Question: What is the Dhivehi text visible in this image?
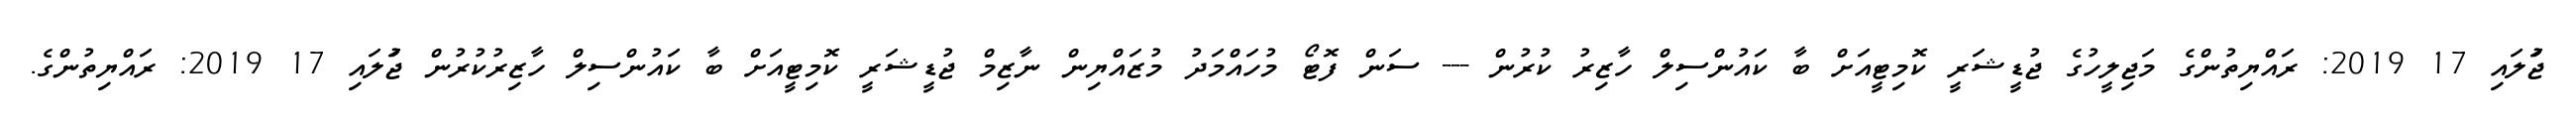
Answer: ޖުަލައި 17 2019: ރައްޔިތުންގެ މަޖިލީހުގެ ޖުޑީޝަރީ ކޮމިޓީއަށް ބާ ކައުންސިލް ހާޒިރު ކުރުން --- ސަން ފޮޓޯ މުހައްމަދު މުޒައްޔިން ނާޒިމް ޖުޑީޝަރީ ކޮމިޓީއަށް ބާ ކައުންސިލް ހާޒިރުކުރުން ޖުަލައި 17 2019: ރައްޔިތުންގެ.